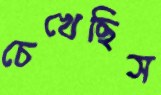
চেখেছিস